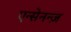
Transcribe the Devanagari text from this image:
एन्सेनन्ज़